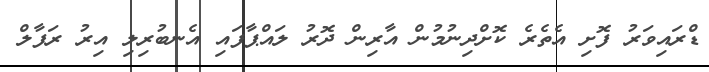
ޑްރައިވަރު ފޮށި އެތެރެ ކޮށްދިނުމުން އާރިން ދޮރު ލައްޕާފައި އެނބުރިލި އިރު ރަފާލް